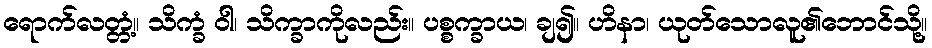
ရောက်လတ္တံ့။ သိက္ခံ ဝါ၊ သိက္ခာကိုလည်း။ ပစ္စက္ခာယ၊ ချ၍။ ဟိနာ၊ ယုတ်သောလူ၏ဘောင်သို့။